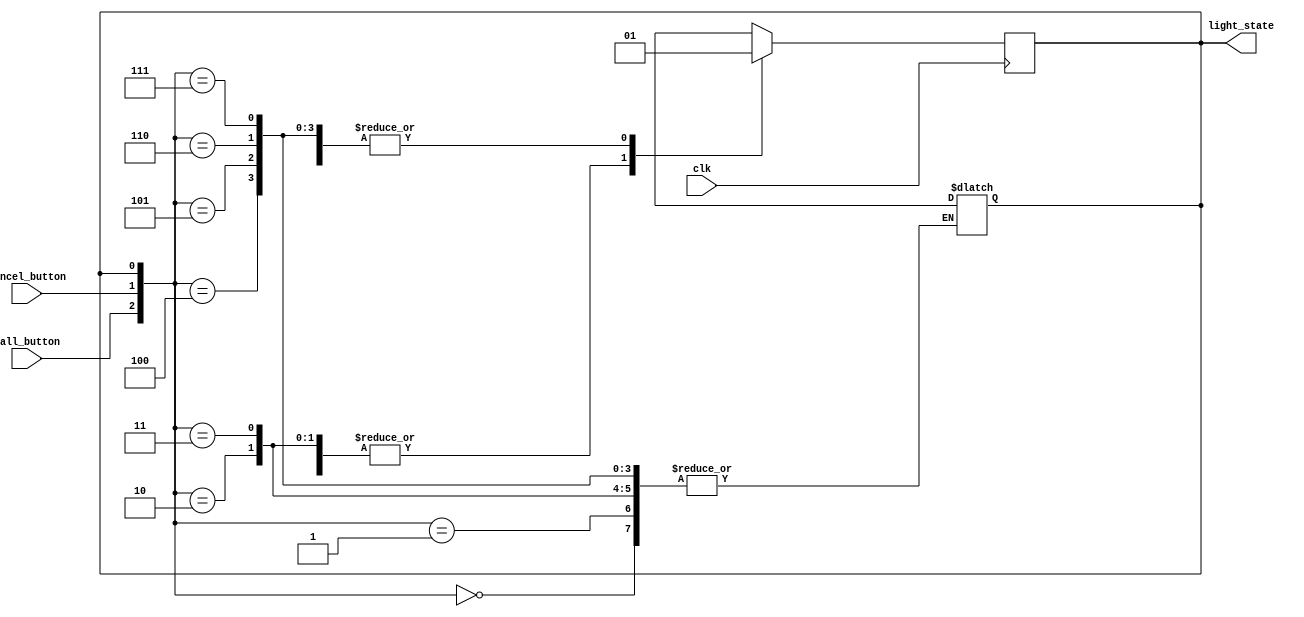
`timescale 1ns / 1ps

module flight_attendant_call_system(
    input wire clk,
    input wire call_button,
    input wire cancel_button,
    output reg light_state
    );
    
    reg next_state;
    
//Combinational Block

always @(*) begin

case ({call_button, cancel_button, light_state})
    3'b000: next_state = 1'b0;
    3'b001: next_state = 1'b1;
    3'b010: next_state = 1'b0;
    3'b011: next_state = 1'b0;
    3'b100: next_state = 1'b1;
    3'b101: next_state = 1'b1;
    3'b110: next_state = 1'b1;
    3'b111: next_state = 1'b1;
    default: begin
    light_state = 1'b0;
    next_state = 1'b0;
    end
    endcase
end

//Sequential block
always @(posedge clk) begin
    light_state <= next_state;
end
    
endmodule